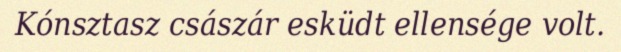
Kónsztasz császár esküdt ellensége volt.